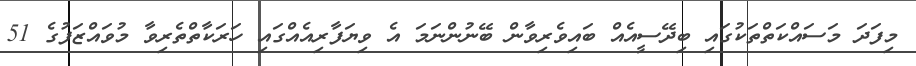
މިފަދަ މަސައްކަތްތަކުގައި ބިދޭސީއެއް ބައިވެރިވާން ބޭނުންނަމަ އެ ވިޔަފާރިއެއްގައި ހަރަކާތްތެރިވާ މުވައްޒަފުގެ 51